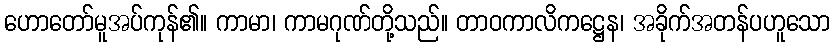
ဟောတော်မူအပ်ကုန်၏။ ကာမာ၊ ကာမဂုဏ်တို့သည်။ တာဝကာလိကဋ္ဌေန၊ အခိုက်အတန်ပဟူသော